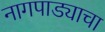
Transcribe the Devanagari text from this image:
नागपाड्याचा